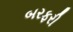
બરફરી